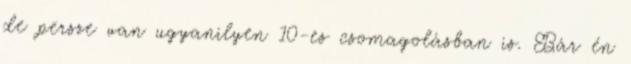
de persze van ugyanilyen 10-es csomagolásban is. Bár én